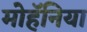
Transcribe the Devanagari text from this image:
मोहॅनिया